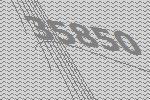
35850